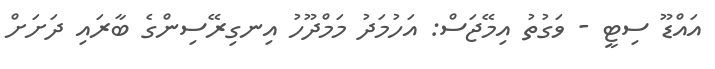
އައްޑޫ ސިޓީ - ވަގުތު އިމޭޖަސް: އަހުމަދު މަމްދޫހު އިނގިރޭސިންގެ ބާރައި ދަށަށް